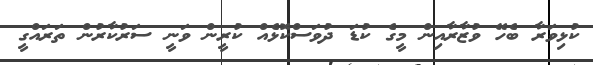
ކުޅިވަރާ ބެހޭ ވުޒާރާއިން މީގެ ކުޑަ ދުވަސްކޮޅެއް ކުރީން ވަނީ ސަރުކާރުން ތަރައްގީ